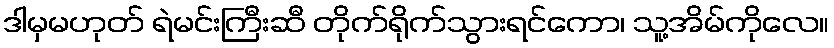
ဒါမှမဟုတ် ရဲမင်းကြီးဆီ တိုက်ရိုက်သွားရင်ကော၊ သူ့အိမ်ကိုလေ။